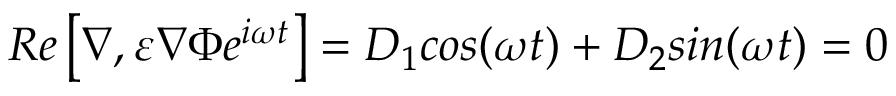
R e \left[ \nabla , \varepsilon \nabla \Phi e ^ { i \omega t } \right] = D _ { 1 } c o s ( \omega t ) + D _ { 2 } s i n ( \omega t ) = 0